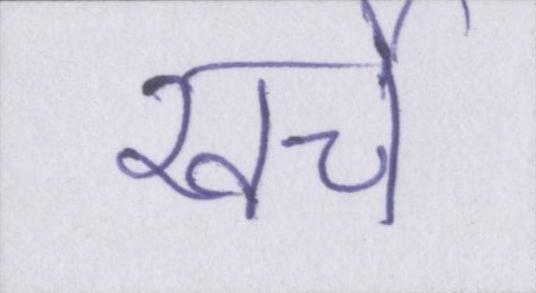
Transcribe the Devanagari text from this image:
खर्चे